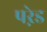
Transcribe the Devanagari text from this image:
परे़ड